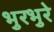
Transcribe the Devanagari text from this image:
भुरभुरे